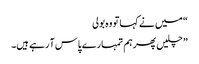
“ میں نے کہا تو وہ بولی
” چلیں پھرہم تمہارے پاس آ رہے ہیں۔